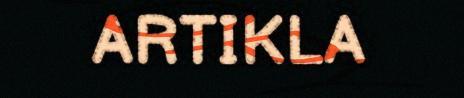
ARTIKLA